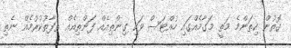
ގޮތުން ކިތަންމެ މަތީ މަގާމެއްގައި ހުއްޓަސް ވަކި ގިންތިއެއް ފަންތިއެއް ތަފާތުކުރުމެއް ނެތި